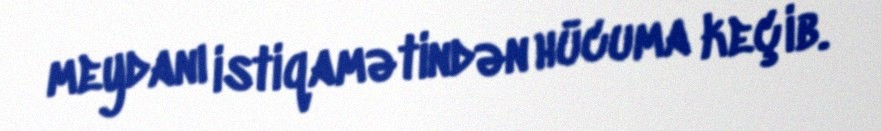
meydanı istiqamətindən hücuma keçib.